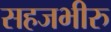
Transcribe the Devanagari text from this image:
सहजभीरु